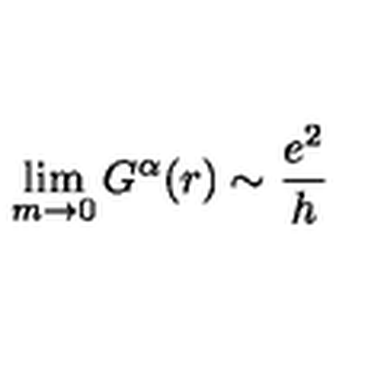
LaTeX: \lim _ { m \rightarrow 0 } G ^ { \mathbf { \alpha } } ( r ) \sim \frac { e ^ { 2 } } { h }